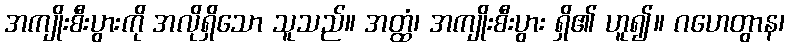
အကျိုးစီးပွားကို အလိုရှိသော သူသည်။ အတ္ထံ၊ အကျိုးစီးပွား ရှိ၏ ဟူ၍။ ဂဟေတွာန၊